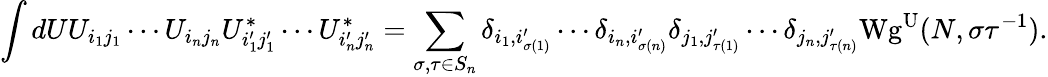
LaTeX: \int dUU_{i_{1}j_{1}}\cdots U_{i_{n}j_{n}}U_{i_{1}^{\prime}j_{1}^{\prime}}^{*}\cdots U_{i_{n}^{\prime}j_{n}^{\prime}}^{*}=\sum_{\sigma,\tau\in S_{n}}\delta_{i_{1},i_{\sigma(1)}^{\prime}}\cdots\delta_{i_{n},i_{\sigma(n)}^{\prime}}\delta_{j_{1},j_{\tau(1)}^{\prime}}\cdots\delta_{j_{n},j_{\tau(n)}^{\prime}}\mathrm{Wg}^{\mathrm{U}}(N,\sigma\tau^{-1}).